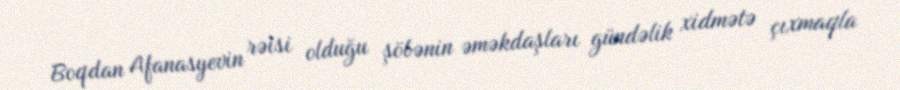
Boqdan Afanasyevin rəisi olduğu şöbənin əməkdaşları gündəlik xidmətə çıxmaqla